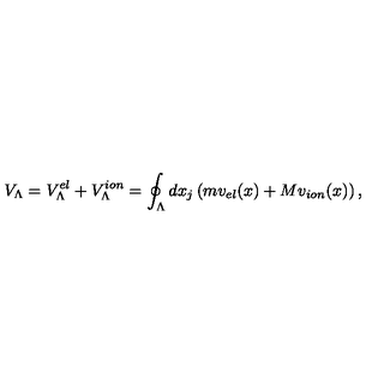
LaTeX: V _ { \Lambda } = V _ { \Lambda } ^ { e l } + V _ { \Lambda } ^ { i o n } = \oint _ { \Lambda } d x _ { j } \left( m v _ { e l } ( x ) + M v _ { i o n } ( x ) \right) ,